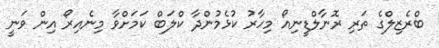
ބްރެޒިލްގެ ތަރި ރޮނާލްޑީނިއޯ މިހާރު ކުޅެމުންދާ ކްލަބް ކަމަށްވާ މިނެއިރޯ އިން ވަނީ